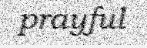
prayful